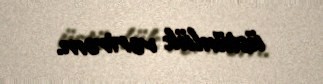
üstünlük verirəm.